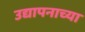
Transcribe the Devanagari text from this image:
उद्यापनाच्या